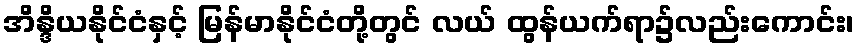
အိန္ဒိယနိုင်ငံနှင့် မြန်မာနိုင်ငံတို့တွင် လယ် ထွန်ယက်ရာ၌လည်းကောင်း၊